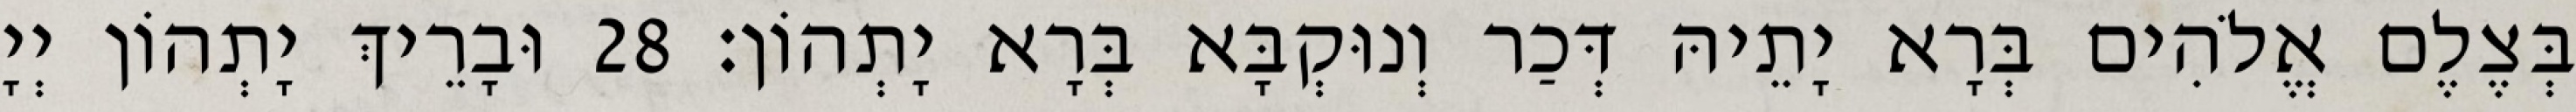
בְּצֶלֶם אֱלֹהִים בְּרָא יָתֵיהּ דְּכַר וְנוּקְבָּא בְּרָא יָתְהוֹן׃ 28 וּבָרֵיךְ יָתְהוֹן יְיָ